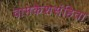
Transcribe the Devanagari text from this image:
वामकेशसंहिता